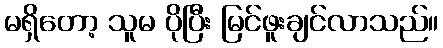
မရှိတော့ သူမ ပိုပြီး မြင်ဖူးချင်လာသည်။